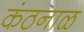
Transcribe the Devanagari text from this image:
कंठनाळ